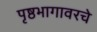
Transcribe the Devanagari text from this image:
पृष्ठभागावरचे